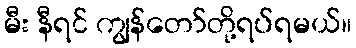
မီး နီရင် ကျွန်တော်တို့ရပ်ရမယ်။